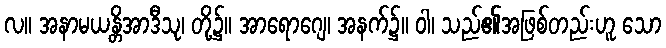
လ။ အနာမယန္တိအာဒီသု၊ တို့၌။ အာရောဂျေ၊ အနက်၌။ ဝါ၊ သည်၏အဖြစ်တည်းဟူ သော